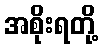
အစိုးရတို့